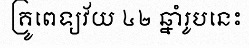
គ្រូពេទ្យវ័យ ៤២ ឆ្នាំរូបនេះ